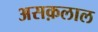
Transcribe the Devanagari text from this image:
असक़लाल